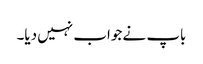
باپ نے جواب نہیں دیا۔